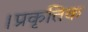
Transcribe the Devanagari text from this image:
।प्रकृतिक